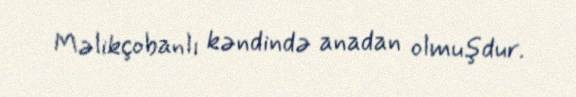
Məlikçobanlı kəndində anadan olmuşdur.